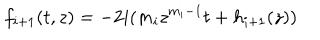
LaTeX: f _ { i + 1 } ( t , z ) = - 2 i ( m _ { i } z ^ { m _ { i } - 1 } t + h _ { i + 1 } ( z ) )